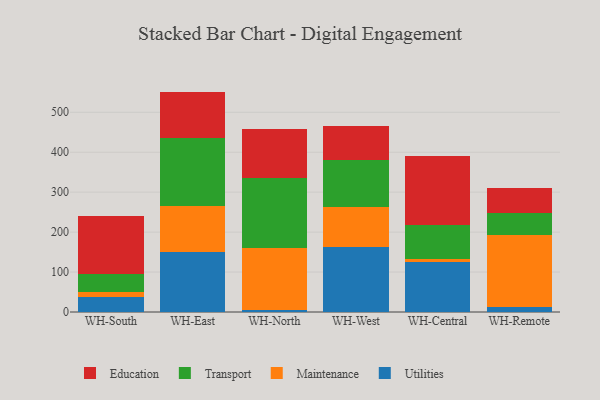
{"axis": {"x": "Warehouse", "y": "Energy Usage (MWh)"}, "legend": ["Education", "Maintenance", "Transport", "Utilities"], "data": [{"x": "WH-South", "y": 38.1, "type": "Utilities"}, {"x": "WH-South", "y": 13.1, "type": "Maintenance"}, {"x": "WH-South", "y": 43.0, "type": "Transport"}, {"x": "WH-South", "y": 146.2, "type": "Education"}, {"x": "WH-East", "y": 150.2, "type": "Utilities"}, {"x": "WH-East", "y": 114.4, "type": "Maintenance"}, {"x": "WH-East", "y": 170.2, "type": "Transport"}, {"x": "WH-East", "y": 117.0, "type": "Education"}, {"x": "WH-North", "y": 5.8, "type": "Utilities"}, {"x": "WH-North", "y": 154.4, "type": "Maintenance"}, {"x": "WH-North", "y": 175.7, "type": "Transport"}, {"x": "WH-North", "y": 121.4, "type": "Education"}, {"x": "WH-West", "y": 162.4, "type": "Utilities"}, {"x": "WH-West", "y": 101.6, "type": "Maintenance"}, {"x": "WH-West", "y": 115.6, "type": "Transport"}, {"x": "WH-West", "y": 86.7, "type": "Education"}, {"x": "WH-Central", "y": 124.2, "type": "Utilities"}, {"x": "WH-Central", "y": 7.6, "type": "Maintenance"}, {"x": "WH-Central", "y": 86.5, "type": "Transport"}, {"x": "WH-Central", "y": 171.5, "type": "Education"}, {"x": "WH-Remote", "y": 12.1, "type": "Utilities"}, {"x": "WH-Remote", "y": 179.9, "type": "Maintenance"}, {"x": "WH-Remote", "y": 56.1, "type": "Transport"}, {"x": "WH-Remote", "y": 62.4, "type": "Education"}]}